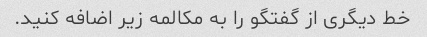
خط دیگری از گفتگو را به مکالمه زیر اضافه کنید.